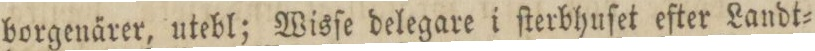
borgenärer, utebl; Wisſe delegare i ſterbhuſet efter Landt=